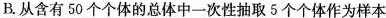
B.从含有50个个体的总体中一次性抽取5个个体作为样本